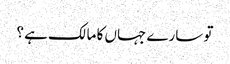
تو سارے جہاں کا مالک ہے ؟